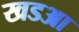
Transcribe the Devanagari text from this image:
खडआ